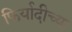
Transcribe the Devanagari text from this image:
फिर्यादीच्या